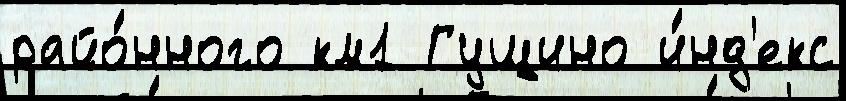
райо́нного км1 Гущино и́нд'екс